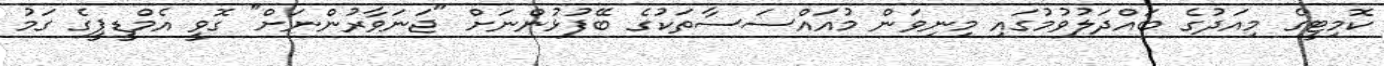
ކޮމިޓީގެ މިއަދުގެ ބައްދަލުވުމުގައި މިނިވަން މުއައްސަސާތަކުގެ ބޭފުޅުންނަށް "ޖަނަވާރުންނަށް" ގޮވީ އެމްޑީޕީގެ ގަމު